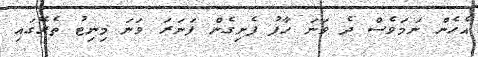
އެހެން ނަމަވެސް ދެ ވަނަ ހާފު ފެށިގެން ފަނަރަ ވަނަ މިނިޓު ތެރޭގައި